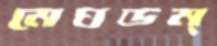
মেঘডম্